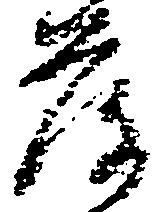
落